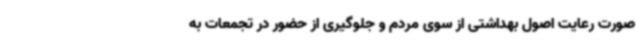
صورت رعایت اصول بهداشتی از سوی مردم و جلوگیری از حضور در تجمعات به